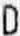
D